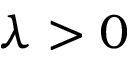
\lambda > 0